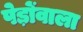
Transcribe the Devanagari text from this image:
पेड़ोंवाला